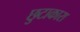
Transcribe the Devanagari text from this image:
छुटाकारा